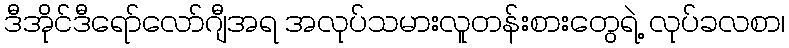
ဒီအိုင်ဒီရော်လော်ဂျီအရ အလုပ်သမားလူတန်းစားတွေရဲ့ လုပ်ခလစာ၊